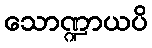
သောဏ္ဍာယပိ